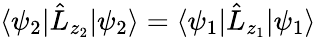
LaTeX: \langle\psi_{2}|\hat{L}_{z_{2}}|\psi_{2}\rangle=\langle\psi_{1}|\hat{L}_{z_{1}}|\psi_{1}\rangle